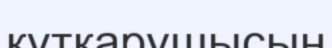
құтқарушысын